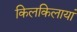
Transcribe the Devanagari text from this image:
किलकिलायां